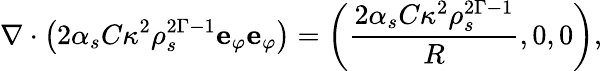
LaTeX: \nabla\cdot\left(2\alpha_{s}C\kappa^{2}\rho_{s}^{2\Gamma-1}\mathbf{e}_{\varphi}\mathbf{e}_{\varphi}\right)=\left(\frac{2\alpha_{s}C\kappa^{2}\rho_{s}^{2\Gamma-1}}{R},0,0\right),